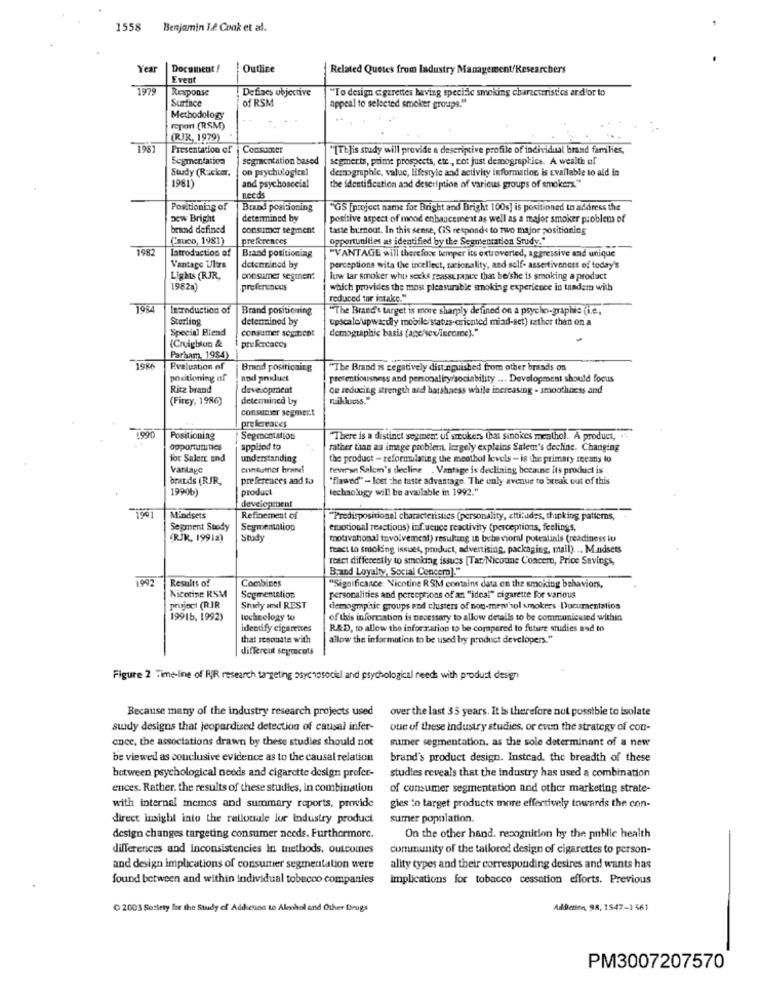
1558
Benjamin L.& Conk et al.
Yea
Document !
Outline
Related Quotes from Industry Management/Researchers
Event
1979
Response
Defines objective
"To design cigarettes having speciac smoking characteristics ard'or to
Surface
of RSM
appeal to selected smoker groups."
Methodology
report (RSM)
(RJR, 1979)
Presentation of | Consumer
"[Th]is study will provide a descriptive profile of individual brand families,
Segmentation
segmentation based
segmerts, prime prospects, etc ., rot just demographics. A wealth of
Study (Rucker,
on psychological
demographic, value, lifestyle and activity information is available to aid in
1981)
and psychosocial
the identification and description of various groups of smokers."
needs
Positioning of
Brand positioning
"GS [project name for Bright and Bright 100s] is positioned to address the
new Bright
determined by
positive aspect of mood enhancement as well as a major smoker problem of
brand defined
consumer segment
taste burnout. In this sense, (iS responds to two major positioning
(auco, 1981)
preferences
opportunities as identified by the Segmentation Study."
latroduction of
Brand positioning
"VANTAGE will therefore temper its extroverted, aggressive and unique
Vantage Ulas
determined by
perceptions wita the incellect, racionality, and self- assertiveness of today's
Lights (RJR,
consumer segmen:
low tar smoker whu sexks reassurance that be/she is smoking a product
1982a)
preferenous
which provides the most pleasurable smoking experience in tandem with
reduced tar intake."
1954
Introduction of
Brand positioning
"The Brand's target is more sharply defined on a psycho-graphie (i.e .,
Sterling
determined by
upscalo upwardły mobile/status-oriented miad-set) rather than on a
Special Blend
consumer segment
demographie basis (age/sex/income)."
(Creighton &
Parham, 1984)
1986
Evaluation of
Brand positioning
"The Brand is zegatively distinguished from other brands on
positioning af
nod product
pretentiousness and personaliry/sociability ... Development should focus
Ritz brand
development
on reducing strength and hatshaess while increasing - smoothness and
(Firey, 1986)
determined by
Raikluess."
consumer segment
preferences
1990
Positioning
Segmentation
"There is a distinct segmen, uf smokers that sinokes meathol. A product, .
opportunities
applied to
rather than aa image problem, largely explains Salem's decline. Changing
for Salerr and
understanding
the product - reformulating the meothol levels - is the primary means to
Vantage
consumer hrand
reverse Salem's decline . Vantage is declining because its product is
bratds (RIR,
preferences and to
"flawed" - lost che taste advantage. The only avenue to break out of this
1990b
product
technology will be available in 1992."
development
1001
Mindsets
Refinement of
"Predispositionel characteristics (personality, attitudes, thinking patterns,
Segment Stody
Segmentation
emotional reactions) inf.ucuce reactivity (perceptions, feelings,
(RJK, 19912)
Study
motivahonal involvement) resulting in behavioral potentials (readiness iu
react to smoking issues, product, advertising, packaging, mail). .. Mindsets
reset differently to smoking issues [Tar/Nicotine Concern, Price Savings,
Brand Loyalty, Social Concern]."
1997
Results of
Combines
Nicotine RSM
"Significance: Nicotine RSM contains data on the smoking behaviors,
Segmentation
personalities and perceptions of an "ideal" cigarette For various
project (RJR
Study and REST
demographic groups sod clusters of non-mentsol smokers Documentation
19916. 1992)
lechnology to
of this information is necessary to allow details to be communicated within
identify cigarettes
R&D, to allow the information to be compered to future studies and to
that resonate with
allow the information to be used by product developers."
different sepracots
Figure 2 Time-line of RIR research targeting psychosocial and psychological needs with product design
Because many of the industry research projects used
over the last 35 years. It is therefore not possible to isolate
suidy designs that jeopardized detection of causal infer-
one of these industry studies, or even the strategy of con-
ence, the associations drawn by these studies should not
sumer segmentation. as the sole determinant of a new
be viewed as conclusive evidence as to the causal relation
brand's product design. Instead, the breadth of these
between psychological needs and cigarette design profer-
studies reveals that the industry has used a combination
ences. Rather. the results of these studies, in combination
of consumer segmentation and other marketing strate-
with internal memes and summary reports, provide
gies to target products more effectively towards the con-
direct insight into the rationale for industry product
sumer population
design changes targeting consumer needs. Furthermore.
On the other hand. recognition hy the public health
differences and inconsistencies in methods, outcomes
community of the tailored design of cigarettes to person-
and design implications of consumer segmentation were
ality types and their corresponding desires and wants has
found between and within individual tobecco companies
implications for tobacco cessation efforts. Previous
C 2003 Sestery for the Study of Addiction to Alenhol and Other Drugs
Addetien 98, 1547-1 561
PM3007207570